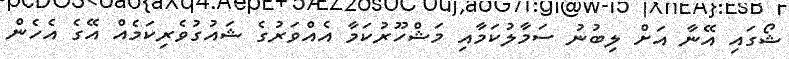
ޝޯގައި އޭނާ އަށް ލިބުނު ސަމާލުކަމާއި މަޝްހޫރުކަމާ އެއްވަރުގެ ޝައުގުވެރިކަމެއް އޭގެ އެހެން